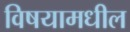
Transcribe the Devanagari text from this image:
विषयामधील